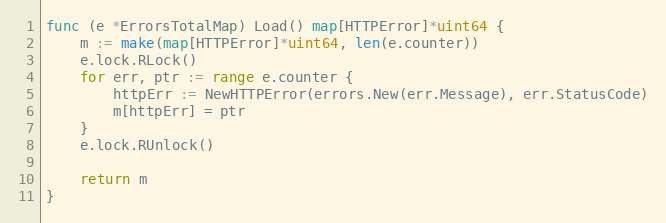
Language: Go
func (e *ErrorsTotalMap) Load() map[HTTPError]*uint64 {
	m := make(map[HTTPError]*uint64, len(e.counter))
	e.lock.RLock()
	for err, ptr := range e.counter {
		httpErr := NewHTTPError(errors.New(err.Message), err.StatusCode)
		m[httpErr] = ptr
	}
	e.lock.RUnlock()

	return m
}